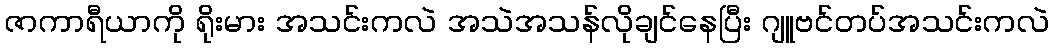
ဇာကာရီယာကို ရိုးမား အသင်းကလဲ အသဲအသန်လိုချင်နေပြီး ဂျူဗင်တပ်အသင်းကလဲ